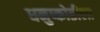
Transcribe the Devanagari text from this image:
धनुष्कोडीला